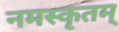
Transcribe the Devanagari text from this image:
नमस्कृतम्